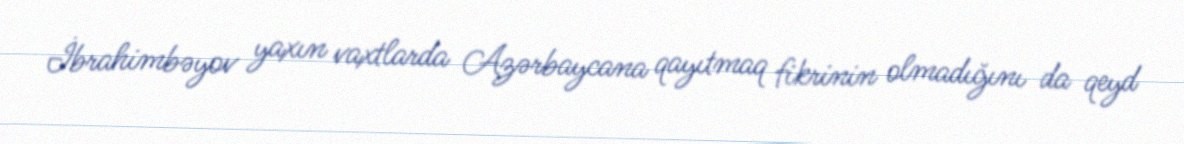
İbrahimbəyov yaxın vaxtlarda Azərbaycana qayıtmaq fikrinin olmadığını da qeyd